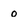
Character: o